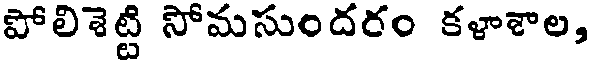
పోలిశెట్టి సోమసుందరం కళాశాల,